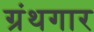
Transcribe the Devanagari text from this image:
ग्रंथगार